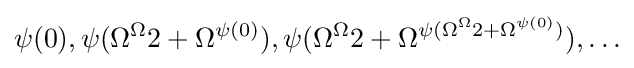
\psi (0),\psi (\Omega ^{\Omega }2+\Omega ^{\psi (0)}),\psi (\Omega ^{\Omega }2+\Omega ^{\psi (\Omega ^{\Omega }2+\Omega ^{\psi (0)})}),\ldots